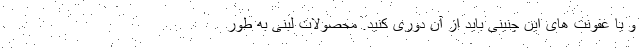
و یا عفونت های این چنینی باید از آن دوری کنید. محصولات لبنی به طور